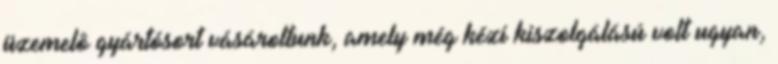
üzemelô gyártósort vásároltunk, amely még kézi kiszolgálású volt ugyan,